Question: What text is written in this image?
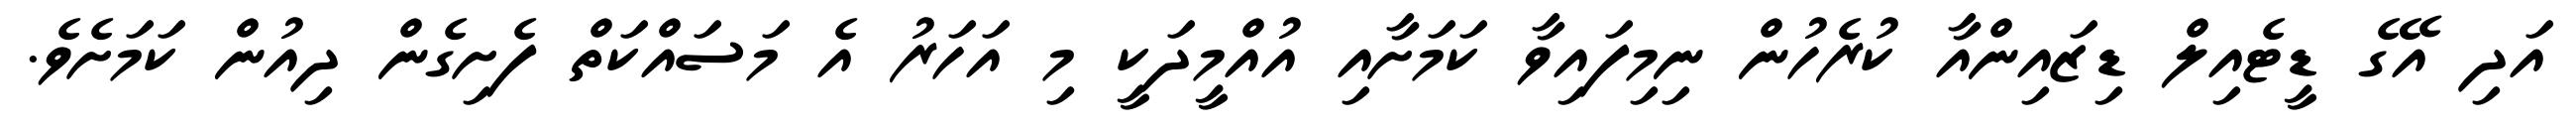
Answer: އަދި އޭގެ ޑީޓެއިލް ޑިޒައިންއާ ކުރެހުން ނިމިފައިވާ ކަމަށާއި އުއްމީދަކީ މި އަހަރު އެ މަސައްކަތް ފެށިގެން ދިއުން ކަމަށެވެ.